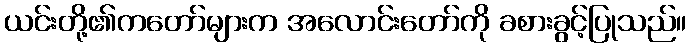
ယင်းတို့၏ကတော်များက အလောင်းတော်ကို ခစားခွင့်ပြုသည်။